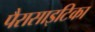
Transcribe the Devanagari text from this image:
पैरासाइटिका